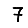
Digit: 7